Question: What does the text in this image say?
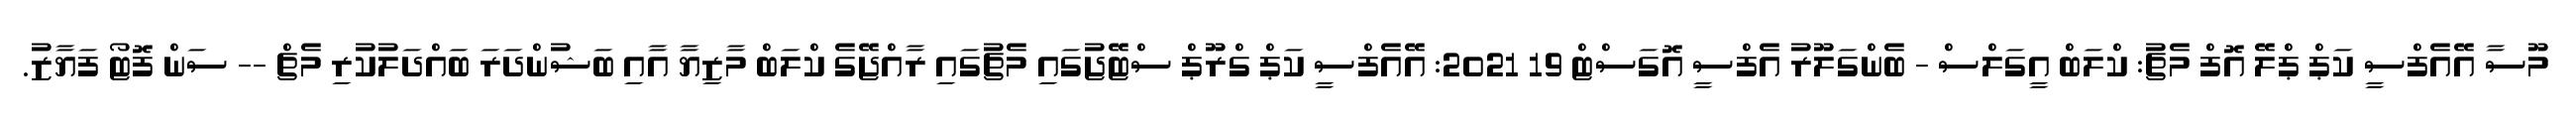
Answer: މޫސާ އޭއެފްސީ ކަޕް ޕްލޭ އޮފް މެޗު: ކްލަބް އީގަލްސް - ބެންގަލޫރު އެފްސީ އޮގަސްޓް 19 2021: އޭއެފްސީ ކަޕް ގްރޫޕް ސްޓޭޖުގައި މެޗުގައި ރާއްޖޭގެ ކްލަބް މާޒިޔާ އާއި ބަޝުންދަރަ ބައްދަލުކުރި މެޗް -- ސަން ފޮޓޯ ފަޔާޒު.